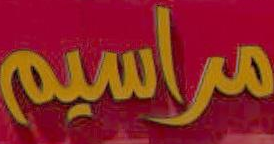
مراسيم